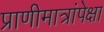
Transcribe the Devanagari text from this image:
प्राणीमात्रांपेक्षा